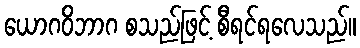
ယောဂဝိဘာဂ စသည်ဖြင့် စီရင်ရလေသည်။